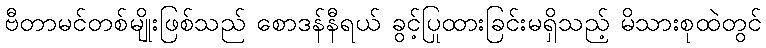
ဗီတာမင်တစ်မျိုးဖြစ်သည် စောဒန်နီရယ် ခွင့်ပြုထားခြင်းမရှိသည့် မိသားစုထဲတွင်